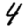
Digit: 4